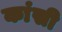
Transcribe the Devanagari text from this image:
कांसी